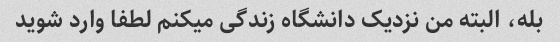
بله، البته من نزدیک دانشگاه زندگی میکنم لطفا وارد شوید